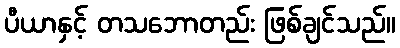
ပီယာနှင့် တသဘောတည်း ဖြစ်ချင်သည်။